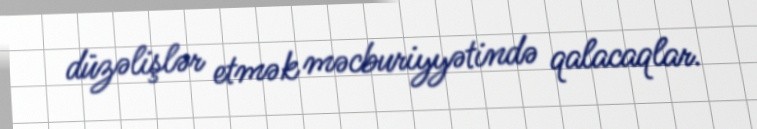
düzəlişlər etmək məcburiyyətində qalacaqlar.